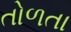
તોળતા